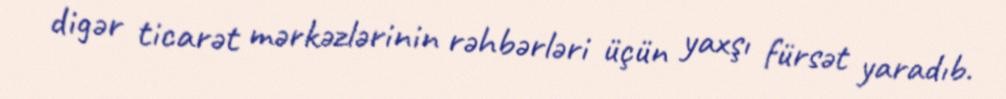
digər ticarət mərkəzlərinin rəhbərləri üçün yaxşı fürsət yaradıb.